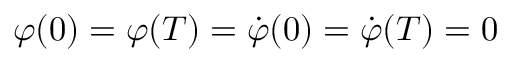
\varphi ( 0 ) = \varphi ( T ) = \dot { \varphi } ( 0 ) = \dot { \varphi } ( T ) = 0